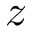
z